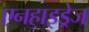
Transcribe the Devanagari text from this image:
एनहाइड्रेज